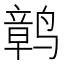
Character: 𫜂